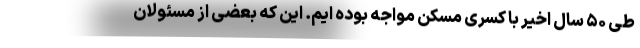
طی ۵۰ سال اخیر با کسری مسکن مواجه بوده ایم. این که بعضی از مسئولان